画像に写った文字を読んでください
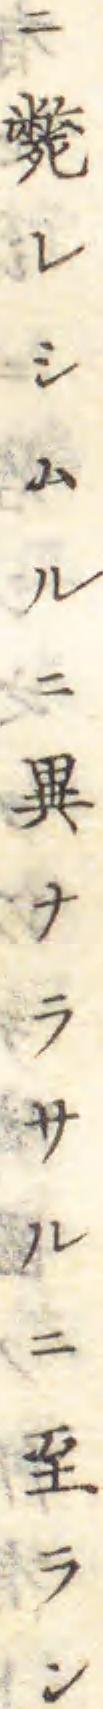
「ニ斃レシムルニ異ナラサルニ至ラン」と書いてあります